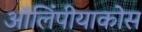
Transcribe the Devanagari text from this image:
ऑलिंपीयाकोस